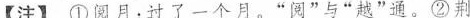
【注】①阅月：过了一个月。”阅”与”越”通。②荆